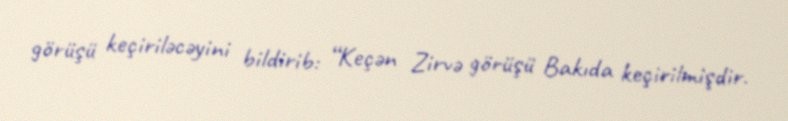
görüşü keçiriləcəyini bildirib: “Keçən Zirvə görüşü Bakıda keçirilmişdir.